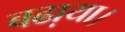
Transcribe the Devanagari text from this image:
बढा़या।